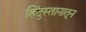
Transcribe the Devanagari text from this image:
हिंदुस्तानातून